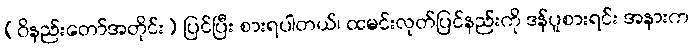
(ဝိနည်းတော်အတိုင်း) ပြင်ပြီး စားရပါတယ်၊ ထမင်းလုတ်ပြင်နည်းကို ဒန်ပူစားရင်း အနားက